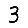
Digit: 3